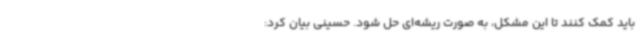
باید کمک کنند تا این مشکل، به صورت ریشه‌ای حل شود. حسینی بیان کرد: